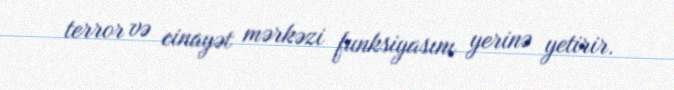
terror və cinayət mərkəzi funksiyasını yerinə yetirir.